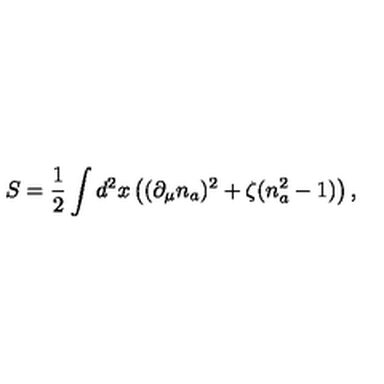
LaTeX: S = \frac { 1 } { 2 } \int d ^ { 2 } x \left( ( \partial _ { \mu } n _ { a } ) ^ { 2 } + \zeta ( n _ { a } ^ { 2 } - 1 ) \right) ,